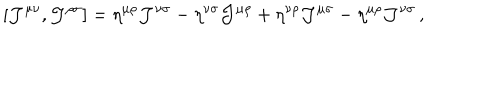
[ { \cal J } ^ { \mu \nu } , { \cal J } ^ { \rho \sigma } ] = \eta ^ { \mu \rho } { \cal J } ^ { \nu \sigma } - \eta ^ { \nu \sigma } { \cal J } ^ { \mu \rho } + \eta ^ { \nu \rho } { \cal J } ^ { \mu \sigma } - \eta ^ { \mu \rho } { \cal J } ^ { \nu \sigma } \, ,